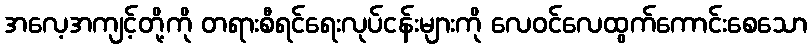
အလေ့အကျင့်တို့ကို တရားစီရင်ရေးလုပ်ငန်းများကို လေဝင်လေထွက်ကောင်းစေသော